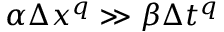
\alpha \Delta x ^ { q } \gg \beta \Delta t ^ { q }